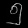
Digit: ၅